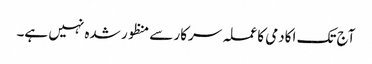
آج تک اکادمی کا عملہ سرکار سے منظور شدہ نہیں ہے۔